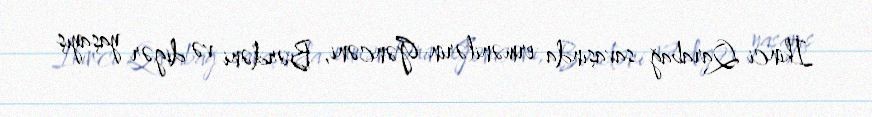
İkinci Qarabağ savaşında ermənilərin Gəncəni, Bərdəni və digər yaşayış